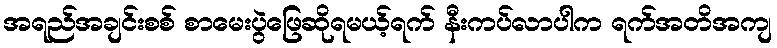
အရည်အချင်းစစ် စာမေးပွဲဖြေဆိုရမယ့်ရက် နီးကပ်လာပါက ရက်အတိအကျ